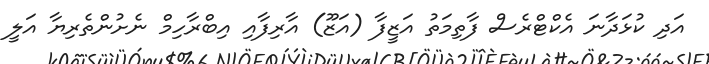
އަދި ކުޅަދާނަ އެކްޓްރެސް ފާތިމަތު އަޒީފާ (އަޒޫ) އާރިފާއި އިބްރާހިމް ނެށުންތެރިޔާ އަލީ